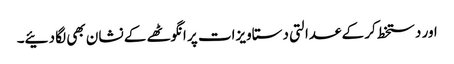
اور دستخط کر کے عدالتی دستاویزات پر انگوٹھے کے نشان بھی لگا دئیے۔